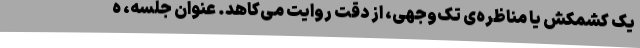
یک کشمکش یا مناظره‌ی تک‌وجهی، از دقت روایت می‌کاهد. عنوان جلسه، ه